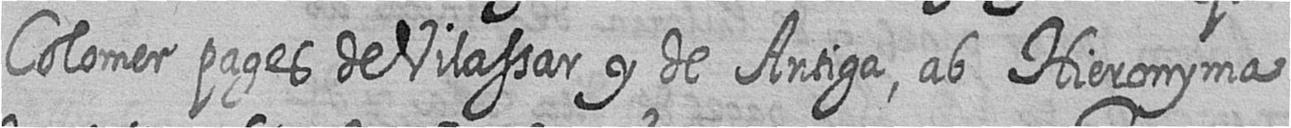
Colomer pages de Vilassar y de Antiga ab Hieronyma